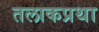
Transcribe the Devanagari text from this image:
तलाकप्रथा